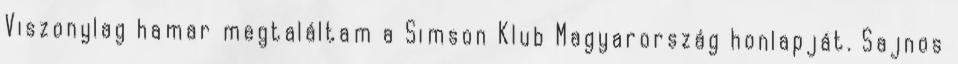
Viszonylag hamar megtaláltam a Simson Klub Magyarország honlapját. Sajnos